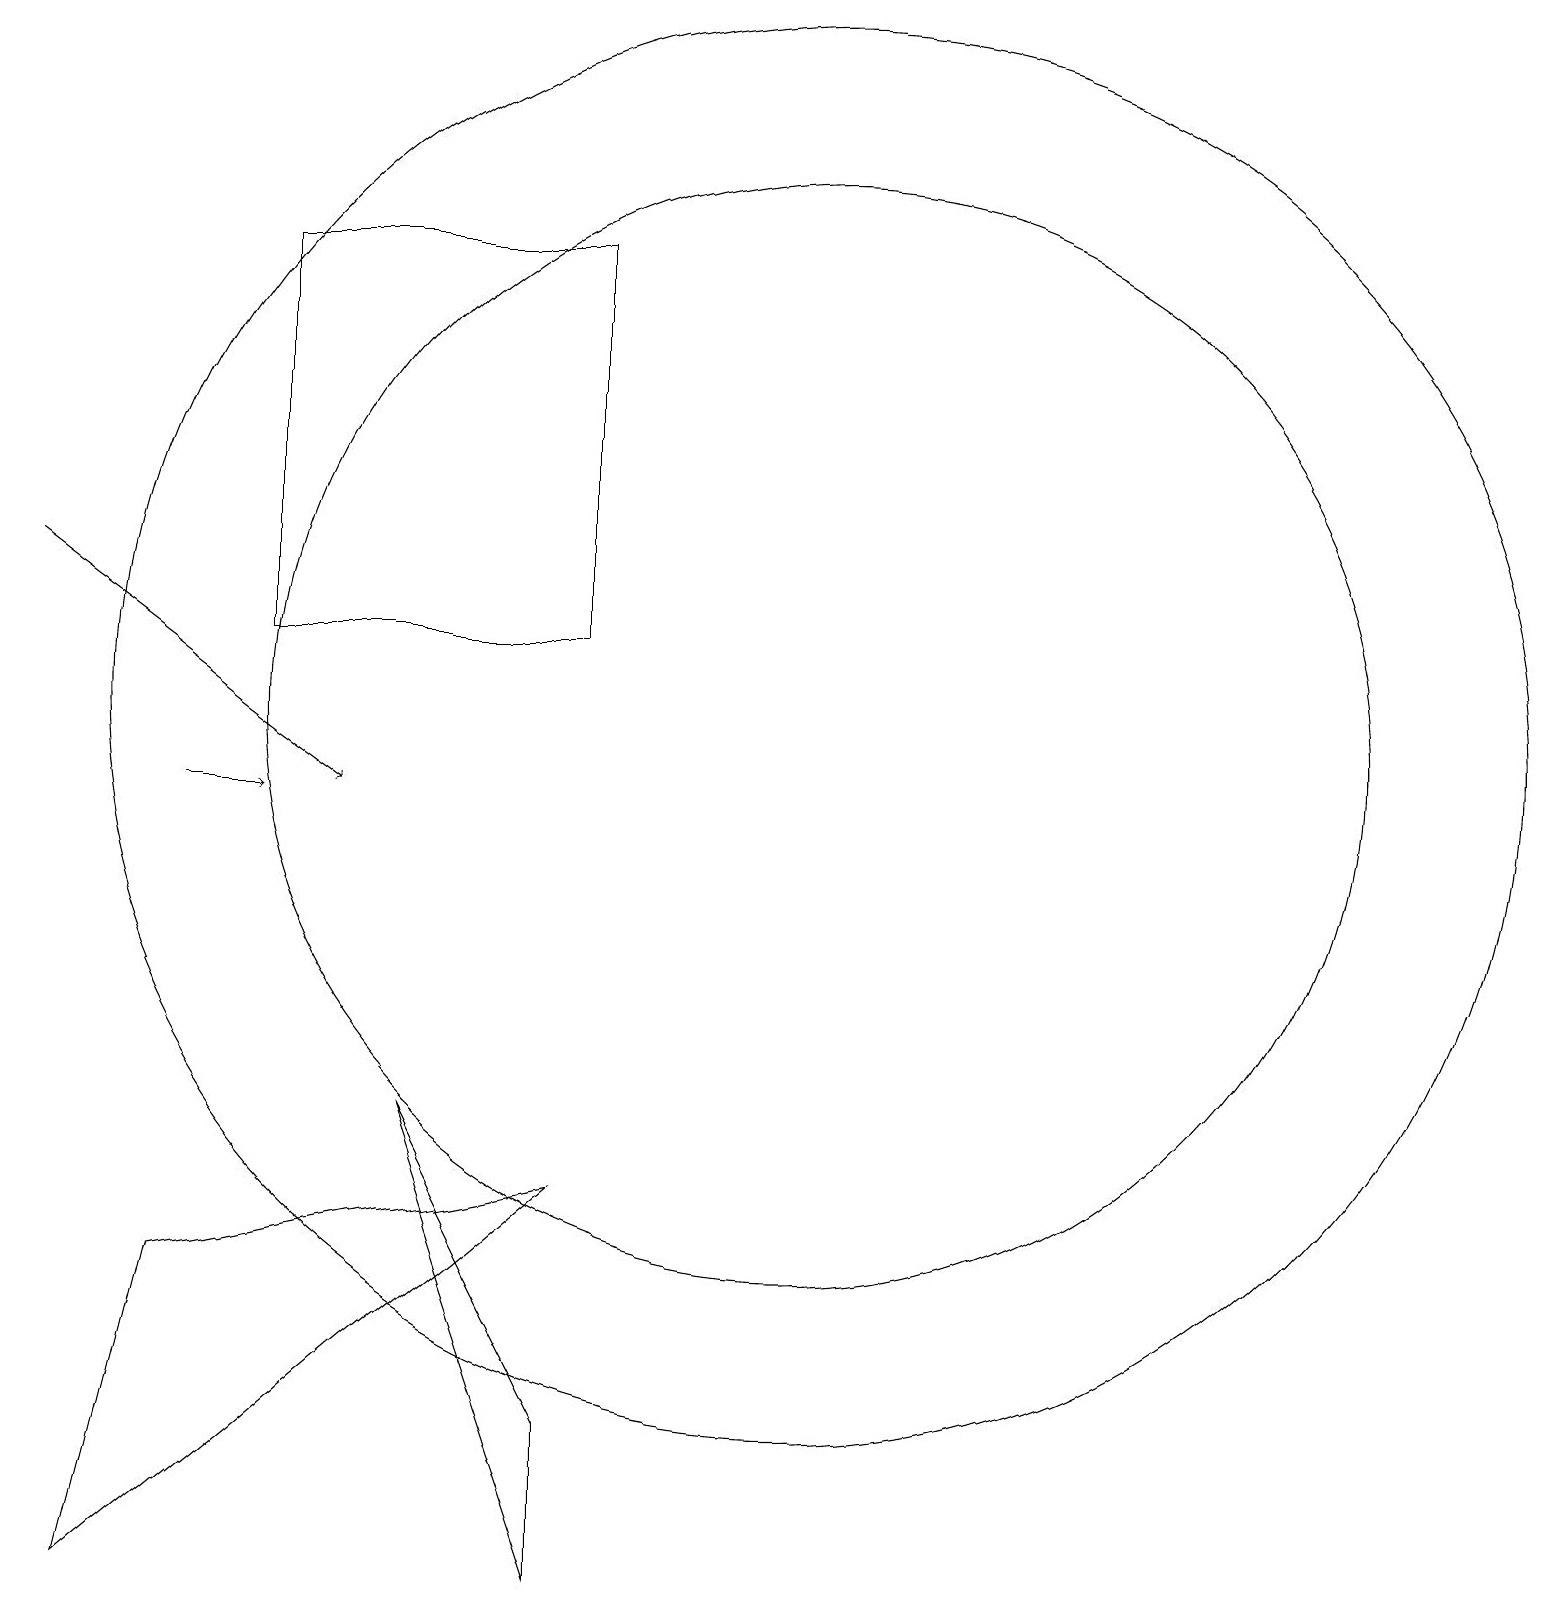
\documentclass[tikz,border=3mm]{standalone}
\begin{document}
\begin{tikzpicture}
\draw[->] (3,10) -- (4,10);
\draw (11,11) circle (7);
\draw (11,11) circle (9);
\draw (8,5) -- (3,4) -- (2,0) -- cycle;
\draw (8,12) rectangle (4,17);
\draw (8,0) -- (6,6) -- (8,2) -- cycle;
\draw[->] (1,13) -- (5,10);
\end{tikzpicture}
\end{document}